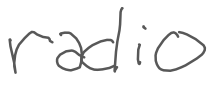
Text: radio
Cross-out: clean
Writing tool: digital_gray